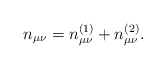
\begin{align*}n_{\mu \nu} = n_{\mu \nu}^{(1)} + n_{\mu \nu}^{(2)}.\end{align*}